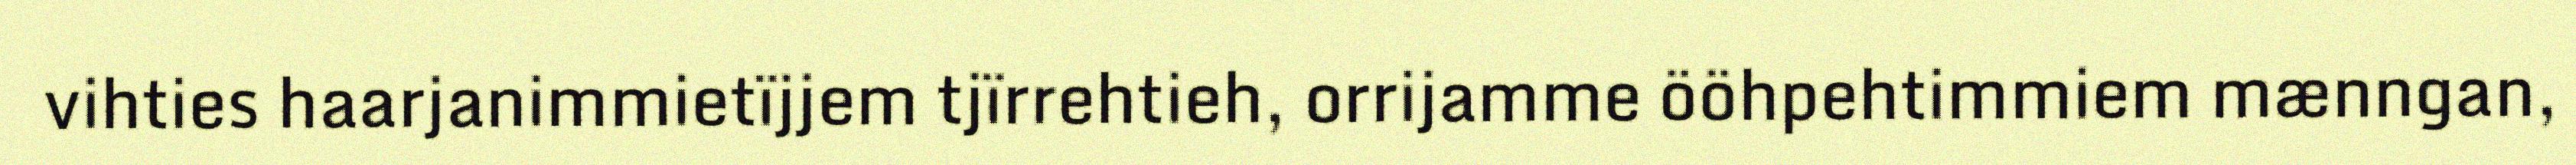
vihties haarjanimmietïjjem tjïrrehtieh, orrijamme ööhpehtimmiem mænngan,